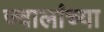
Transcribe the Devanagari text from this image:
ज्वालांच्या